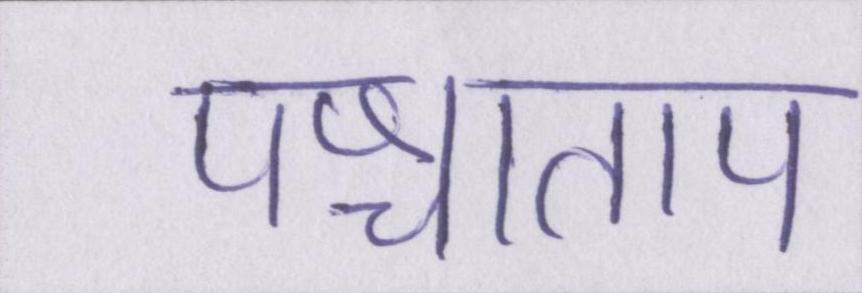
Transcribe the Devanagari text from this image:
पश्चाताप